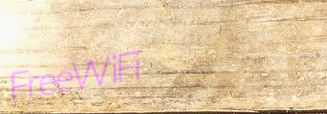
FreeWiFi